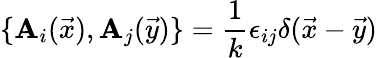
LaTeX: \{ \mathbf{A}_{i}(\vec{{x}}),\mathbf{A}_{j}(\vec{{y}})\} =\frac{{1}}{{k}}\epsilon_{ij}\delta(\vec{{x}}-\vec{{y}})